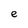
Character: e